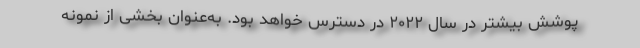
پوشش بیشتر در سال ۲۰۲۲ در دسترس خواهد بود. به‌عنوان بخشی از نمونه